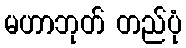
မဟာဘုတ် တည်ပုံ